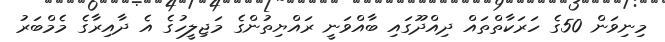
މިނިވަން 50ގެ ހަރަކާތްތައް ދިއްދޫގައި ބާއްވަނީ ރައްޔިތުންގެ މަޖިލީހުގެ އެ ދާއިރާގެ މެމްބަރު